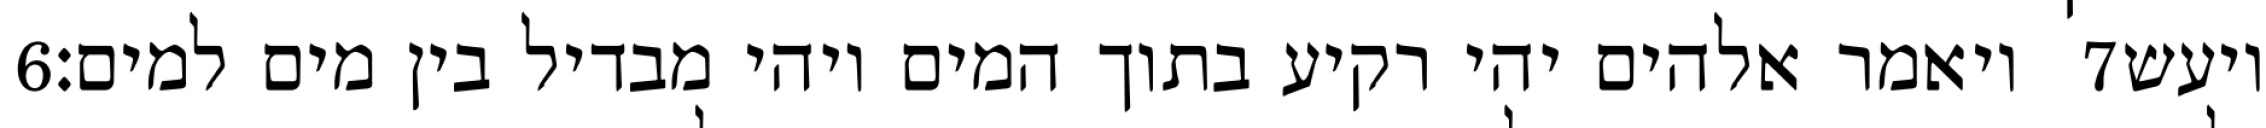
‎6‏ ויאמר אלהים יהי רקיע בתוך המים ויהי מבדיל בין מים למים׃ ‎7‏ ויעש